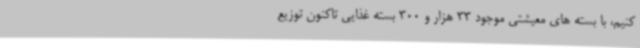
کنیم، با بسته های معیشتی موجود 33 هزار و 300 بسته غذایی تاکنون توزیع